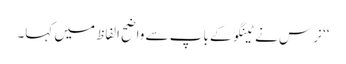
‘‘ نرس نے ٹینگو کے باپ سے واضح الفاظ میں کہا۔